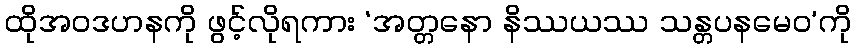
ထိုအဝဒဟနကို ဖွင့်လိုရကား ‘အတ္တနော နိဿယဿ သန္တပနမေဝ’ကို